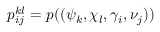
p _ { i j } ^ { k l } = p ( \c ( \psi _ { k } , \chi _ { l } , \gamma _ { i } , \nu _ { j } ) )